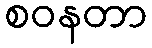
စဝနတာ